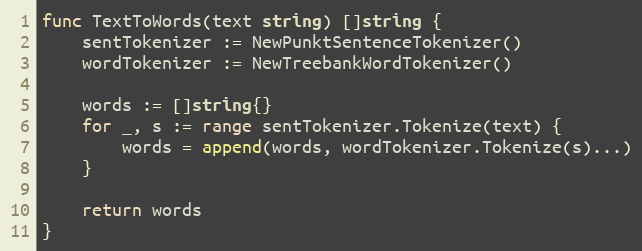
Language: Go
func TextToWords(text string) []string {
	sentTokenizer := NewPunktSentenceTokenizer()
	wordTokenizer := NewTreebankWordTokenizer()

	words := []string{}
	for _, s := range sentTokenizer.Tokenize(text) {
		words = append(words, wordTokenizer.Tokenize(s)...)
	}

	return words
}